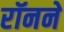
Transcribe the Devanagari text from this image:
रॉनने